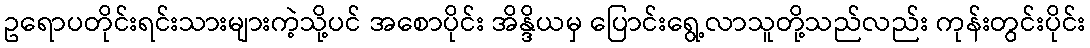
ဥရောပတိုင်းရင်းသားများကဲ့သို့ပင် အစောပိုင်း အိန္ဒိယမှ ပြောင်းရွေ့လာသူတို့သည်လည်း ကုန်းတွင်းပိုင်း